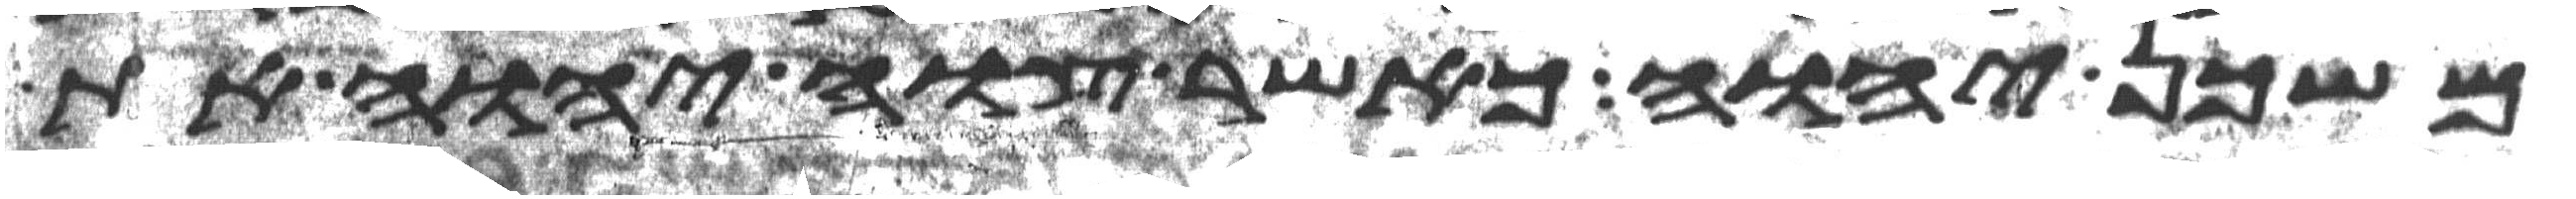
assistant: משכן יהוה כאשר צוה יהוה את